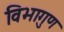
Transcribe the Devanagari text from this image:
विभागुण